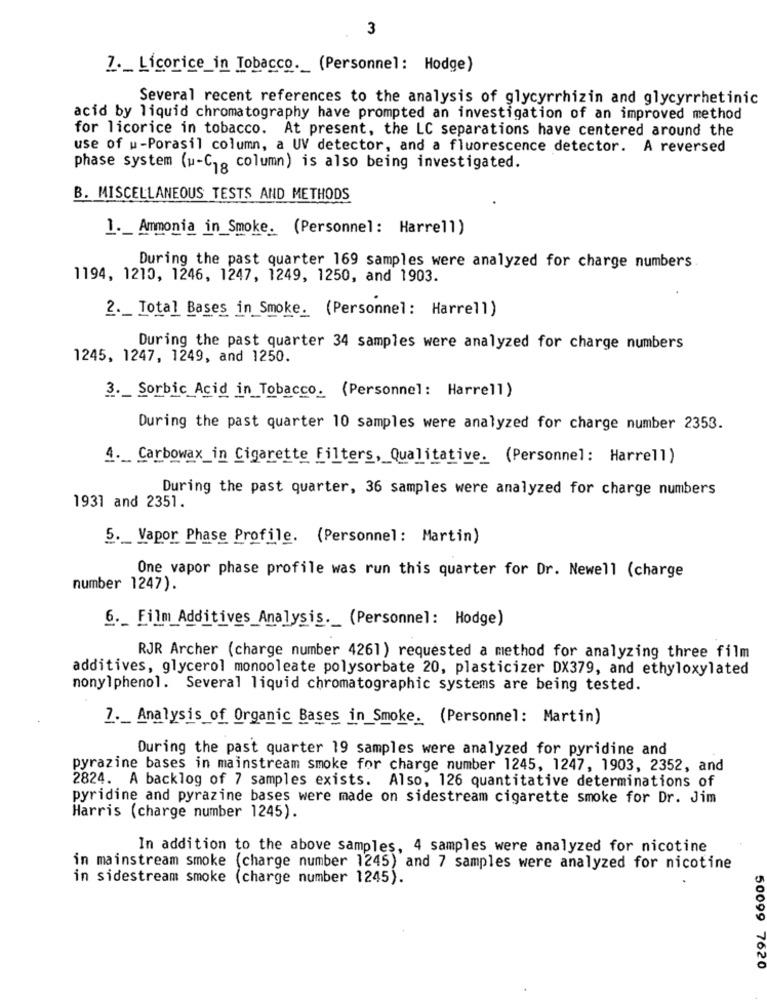
3
7 ._ Licorice_in Tobacco ._ (Personnel: Hodge)
Several recent references to the analysis of glycyrrhizin and glycyrrhetinic
acid by liquid chromatography have prompted an investigation of an improved method
for licorice in tobacco. At present, the LC separations have centered around the
use of u-Porasil column, a UV detector, and a fluorescence detector. A reversed
phase system (w-C, column) is also being investigated.
B. MISCELLANEOUS TESTS AND METHODS
1 ._ Ammonia in Smoke. (Personnel: Harrell)
During the past quarter 169 samples were analyzed for charge numbers
1194, 1210, 1246, 1247, 1249, 1250, and 1903.
2. Total Bases in Smoke. (Personnel: Harrell)
During the past quarter 34 samples were analyzed for charge numbers
1245, 1247, 1249, and 1250.
3. _ Sorbic Acid in Tobacco. (Personnel: Harrell)
During the past quarter 10 samples were analyzed for charge number 2353.
4 ._ Carbowax_in Cigarette Filters, Qualitative. (Personnel: Harrell)
During the past quarter, 36 samples were analyzed for charge numbers
1931 and 2351.
5 ._ Vapor Phase Profile. (Personnel: Martin)
One vapor phase profile was run this quarter for Dr. Newell (charge
number 1247).
6 ._ Film Additives Analysis ._ (Personnel: Hodge)
RJR Archer (charge number 4261) requested a method for analyzing three film
additives, glycerol monooleate polysorbate 20, plasticizer DX379, and ethyloxylated
nonylphenol. Several liquid chromatographic systems are being tested.
7 ._ Analysis of Organic Bases in Smoke. (Personnel: Martin)
During the past quarter 19 samples were analyzed for pyridine and
pyrazine bases in mainstream smoke for charge number 1245, 1247, 1903, 2352, and
2824. A backlog of 7 samples exists. Also, 126 quantitative determinations of
pyridine and pyrazine bases were made on sidestream cigarette smoke for Dr. Jim
Harris (charge number 1245).
In addition to the above samples, 4 samples were analyzed for nicotine
in mainstream smoke (charge number 1245) and 7 samples were analyzed for nicotine
in sidestream smoke (charge number 1245).
50099 7620